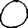
Digit: 0